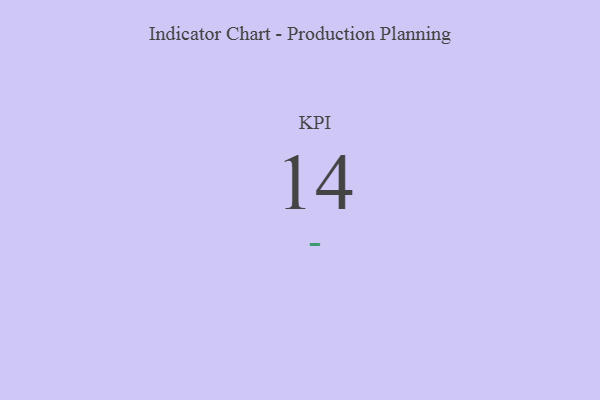
{"axis": {"x": "KPI", "y": "Value"}, "legend": [""], "data": [{"x": "KPI", "y": 14, "type": ""}]}